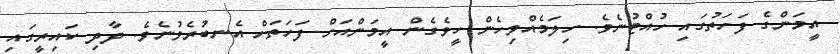
އީމަންގެ ފަހަތުގައި ހުއްޓުނެވެ. ހިލަމެއްވިހެން ހީވެގެން އީމަންއަށް ފަހަތަށް އެނބުރެވުނެވެ. ދާދި ކައިރީގައި